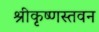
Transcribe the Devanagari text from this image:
श्रीकृष्णस्तवन